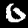
Label: 0